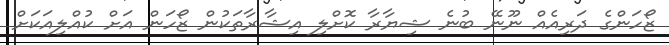
ޒޯހަންގެ ދަރިއެއް ނޫނޭ ބުނެ ޝިޔާރާ ކޮށްލި އިޝާރާތަކުން ޒޯހަން އަށް ކުއްލިއަކަށް